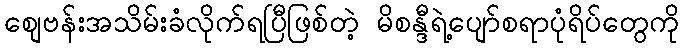
စျေဗန်းအသိမ်းခံလိုက်ရပြီဖြစ်တဲ့ မိစန္ဒီရဲ့ပျော်စရာပုံရိပ်တွေကို